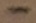
Text: -